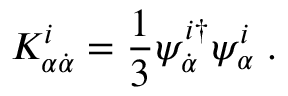
K _ { \alpha \dot { \alpha } } ^ { i } = \frac { 1 } { 3 } \psi _ { \dot { \alpha } } ^ { i \dagger } \psi _ { \alpha } ^ { i } \; .